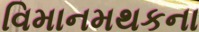
વિમાનમથકના